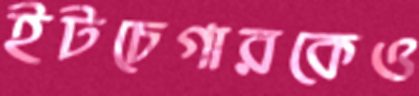
ইটচেগারকেও